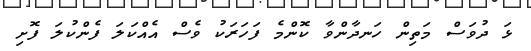
ޅަ ދުވަސް މަތިން ހަނދާންވާ ކޮންމެ ފަހަރަކު ވެސް އެއްކަލަ ފެންކުލަ ފޮށި